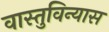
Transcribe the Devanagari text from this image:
वास्तुविन्यास